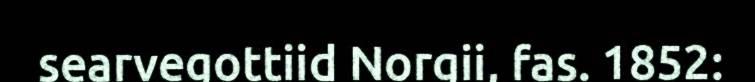
searvegottiid Norgii, fas. 1852: